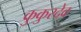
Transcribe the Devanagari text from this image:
कुकुरदेव